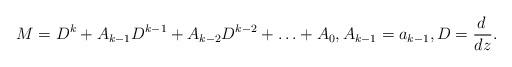
LaTeX: \begin{align*} M = D^k + A_{k-1}D^{k-1} + A_{k-2}D^{k-2} + \ldots + A_0 , A_{k-1} = a_{k-1} , D = \frac{d \,}{dz} .\end{align*}